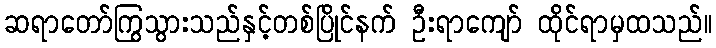
ဆရာတော်ကြွသွားသည်နှင့်တစ်ပြိုင်နက် ဦးရာကျော် ထိုင်ရာမှထသည်။